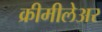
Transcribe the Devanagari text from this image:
क्रीमीलेअर